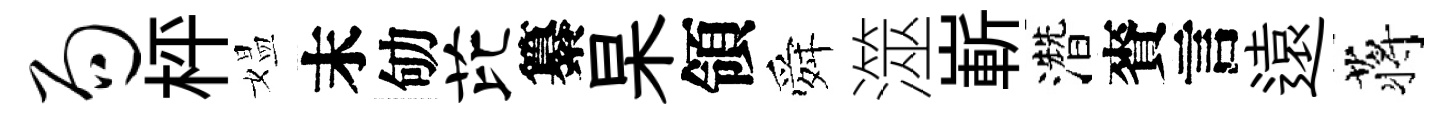
局枰媪末劬芘纂杲領舜澨嶄濳賚言遠蒋